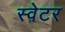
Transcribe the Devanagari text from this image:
स्‍वेटर